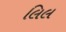
લિલ